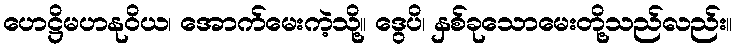
ဟေဋ္ဌိမဟနုဝိယ၊ အောက်မေးကဲ့သို့။ ဒွေပိ၊ နှစ်ခုသောမေးတို့သည်လည်း။